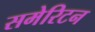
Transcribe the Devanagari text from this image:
समेरिटन